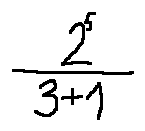
\frac { 2 ^ { 5 } } { 3 + 1 }